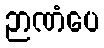
ဉာဏံပေ